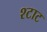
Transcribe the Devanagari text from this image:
श्टाट